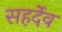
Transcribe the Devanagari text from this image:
सहर्देव